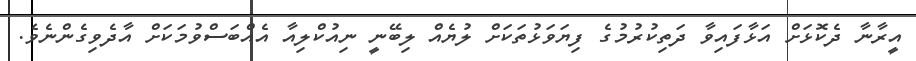
އީރާނާ ދެކޮޅަށް އަޅާފައިވާ ދަތިކުރުމުގެ ފިޔަވަޅުތަކަށް ލުޔެއް ލިބޭނީ ނިއުކްލިއާ އެއްބަސްވުމަކަށް އާދެވިގެންނެވެ.